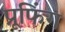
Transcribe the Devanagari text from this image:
प्रूफिंग